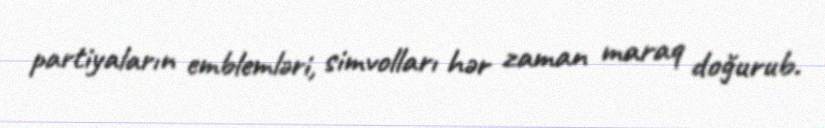
partiyaların emblemləri, simvolları hər zaman maraq doğurub.